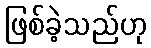
ဖြစ်ခဲ့သည်ဟု